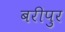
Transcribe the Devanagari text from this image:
बरीपुर